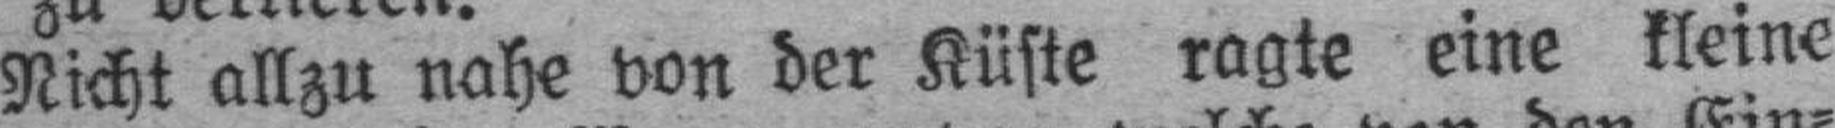
Nicht allzu nahe von der Küste ragte eine kleine